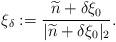
LaTeX: \begin{align*}\xi_\delta := \frac{ \widetilde{n} + \delta \xi_0 }{ | \widetilde{n} + \delta \xi_0 |_2 } .\end{align*}